system: You are a helpful assistant.
user:
Analyze the provided spectrum to determine if it is a **"Cataclysmic Variables (CV)"**.

- **Key Indicators for CV (Check for either state):**
    - **State 1: Quiescent / Low-State (Emission-Dominated)**
        - **(Primary):** Strong and *very broad* Hydrogen Balmer emission lines (e.g., $H\alpha$ at 6563 Å, $H\beta$ at 4861 Å). The 'broadness' (high velocity dispersion, often FWHM > 1000 km/s) is the key diagnostic, indicating a high-velocity accretion disk.
        - **(Secondary):** Broad neutral Helium (He I) emission lines (e.g., 5876 Å, 6678 Å).
        - **(Key Confirmation):** Presence of high-excitation *ionized* Helium (He II) emission at 4686 Å. This is a strong indicator of accretion onto a white dwarf.
        - **(Line Profile):** Emission lines may exhibit a 'double-peaked' profile, which is a classic signature of a rotating accretion disk viewed at high inclination.

    - **State 2: Outburst / High-State (Absorption-Dominated)**
        - **(Primary):** Spectrum is dominated by a bright, blue continuum (looks like a hot star).
        - **(Secondary):** The emission lines from State 1 are weak, absent, or 'filled in', and are replaced by broad, shallow *absorption* lines (primarily Balmer and He I).
        - **(Morphology):** The overall spectrum mimics a hot B/A-type star. The crucial difference is that the absorption lines are significantly broader, shallower, and more 'washed-out' (or 'smeared') than the sharp lines of a normal stellar photosphere, due to high rotational speeds and pressure broadening in the disk.

Think first, call **spectral_visualization_tool** if needed to examine features in detail, then provide your final answer. Your response must adhere to the following strict rules:
1.  **Overall Structure:** Your response must follow the format `<think>...</think> <tool_call>...</tool_call> (if a tool is used) <answer>...</answer>`.
2.  **Tool Usage Constraint:** You may only make **one** tool call per turn.
3.  **Final Answer Format:** In the `<answer>` tag, your conclusion must be inside a `\boxed{}` command (e.g., `\boxed{YES}`), followed by your justification.

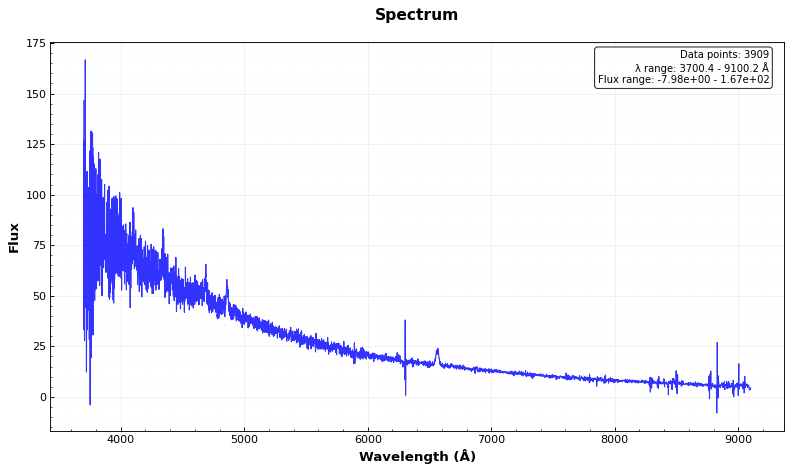
Answer: YES